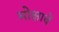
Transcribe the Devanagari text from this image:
मोक्षाचें